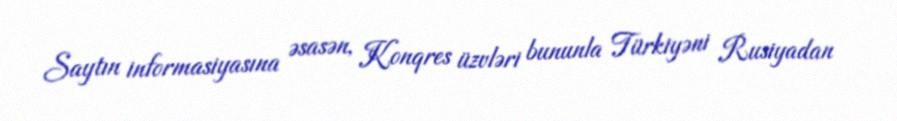
Saytın informasiyasına əsasən, Konqres üzvləri bununla Türkiyəni Rusiyadan